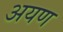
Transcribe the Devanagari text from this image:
अयण